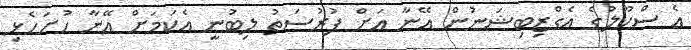
އެ ސްކޫލުގެ އެގްޒިބިޝަނުން އޭނާ އަށް ފުރުސަތު ލިބުނީ އެކަމަށް އޭނާ ހުށަހެޅި